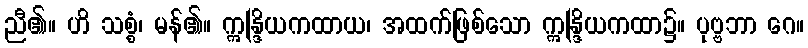
ညီ၏။ ဟိ သစ္စံ၊ မန်၏။ ဣန္ဒြိယကထာယ၊ အထက်ဖြစ်သော ဣန္ဒြိယကထာ၌။ ပုဗ္ဗဘာ ဂေ။